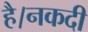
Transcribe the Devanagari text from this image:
है।नकदी